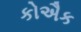
કોઐક